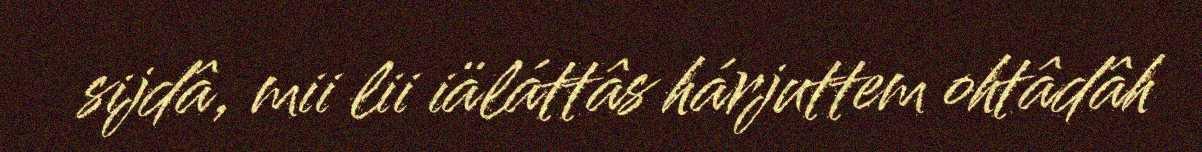
sijdâ, mii lii iäláttâs hárjuttem ohtâdâh